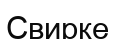
Свирке